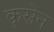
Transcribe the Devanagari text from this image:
कृसेन